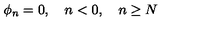
\phi _ { n } = 0 , \quad n < 0 , \quad n \geq N